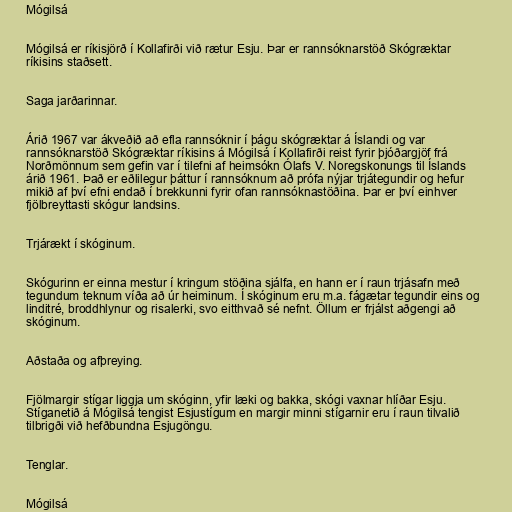
Mógilsá

Mógilsá er ríkisjörð í Kollafirði við rætur Esju. Þar er rannsóknarstöð Skógræktar
ríkisins staðsett.

Saga jarðarinnar.

Árið 1967 var ákveðið að efla rannsóknir í þágu skógræktar á Íslandi og var
rannsóknarstöð Skógræktar ríkisins á Mógilsá í Kollafirði reist fyrir þjóðargjöf frá
Norðmönnum sem gefin var í tilefni af heimsókn Ólafs V. Noregskonungs til Íslands
árið 1961. Það er eðlilegur þáttur í rannsóknum að prófa nýjar trjátegundir og hefur
mikið af því efni endað í brekkunni fyrir ofan rannsóknastöðina. Þar er því einhver
fjölbreyttasti skógur landsins.

Trjárækt í skóginum.

Skógurinn er einna mestur í kringum stöðina sjálfa, en hann er í raun trjásafn með
tegundum teknum víða að úr heiminum. Í skóginum eru m.a. fágætar tegundir eins og
linditré, broddhlynur og risalerki, svo eitthvað sé nefnt. Öllum er frjálst aðgengi að
skóginum.

Aðstaða og afþreying.

Fjölmargir stígar liggja um skóginn, yfir læki og bakka, skógi vaxnar hlíðar Esju.
Stíganetið á Mógilsá tengist Esjustígum en margir minni stígarnir eru í raun tilvalið
tilbrigði við hefðbundna Esjugöngu.

Tenglar.

Mógilsá